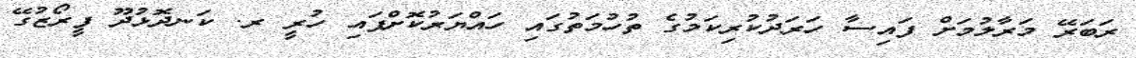
ރަބަރޭ މަރާލުމަށް ފައިސާ ހަރަދުކުރިކަމުގެ ތުހުމަތުގައި ހައްޔަރުކޮށްފައި ހުރީ ރ. ކަނދޮޅުދޫ ފީރޯޒުގޭ